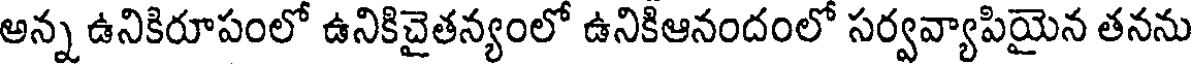
అన్న ఉనికిరూపంలో ఉనికిచైతన్యంలో ఉనికిఆనందంలో సర్వవ్యాపియైన తనను